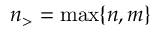
n _ { > } = \operatorname* { m a x } \{ n , m \}